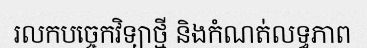
រលកបច្ចេកវិទ្យាថ្មី និងកំណត់លទ្ធភាព